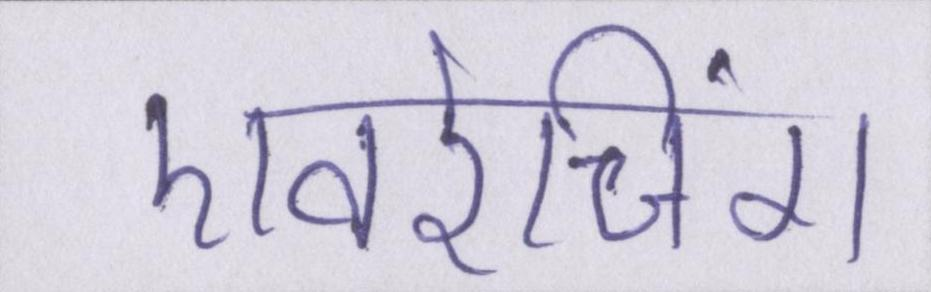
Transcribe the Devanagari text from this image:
एवरेजिंग